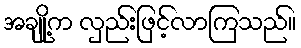
အချို့က လှည်းဖြင့်လာကြသည်။